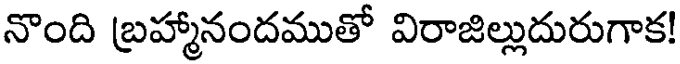
నొంది బ్రహ్మానందముతో విరాజిల్లుదురుగాక!